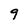
Character: 9